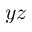
y z